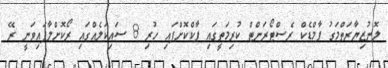
ލޮނުޒިޔާރަތްމަގު ޕާމްޑެކް ރެސްޓޯރަންޓް ކުރިމަތީގައި ޕާކްކޮށްފައި ހުރި 8 ސައިކަލެއްގައި ރޯކޮށްލާފައިވަނީ ރޭ